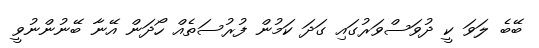
ބޭބެ ލަވަ ކީ ދުވަސްވަރުގައި ގަދަ ކަމުން ފުރުސަތެއް ހޯދަން އޭނާ ބޭނުންނުވީ